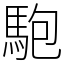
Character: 䮀